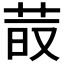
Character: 𦰨